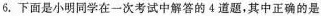
6.下面是小明同学在一次考试中解答的4道题，其中正确的是